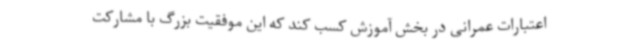
اعتبارات عمرانی در بخش آموزش کسب کند که این موفقیت بزرگ با مشارکت